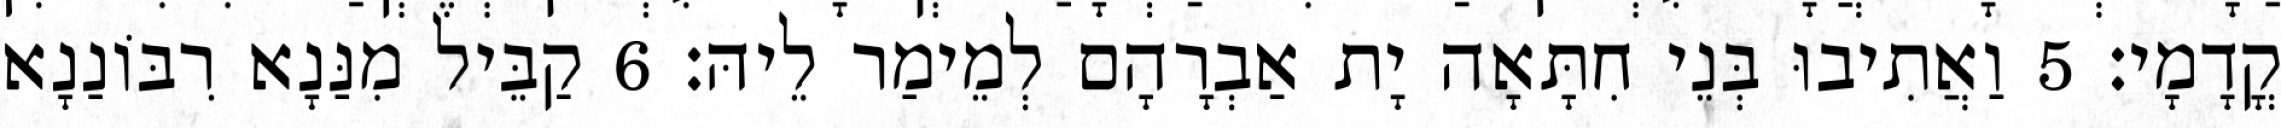
קֳדָמָי׃ 5 וַאֲתִיבוּ בְּנֵי חִתָּאָה יָת אַבְרָהָם לְמֵימַר לֵיהּ׃ 6 קַבֵּיל מִנַּנָא רִבּוֹנַנָא